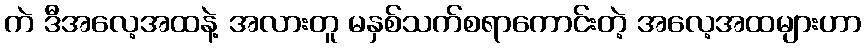
ကဲ ဒီအလေ့အထနဲ့ အလားတူ မနှစ်သက်စရာကောင်းတဲ့ အလေ့အထများဟာ